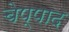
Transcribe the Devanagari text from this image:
चेप्पाद